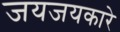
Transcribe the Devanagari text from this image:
जयजयकारे